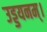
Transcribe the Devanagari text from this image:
उड्डयनम्।